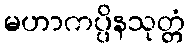
မဟာကပ္ပိနသုတ္တံ